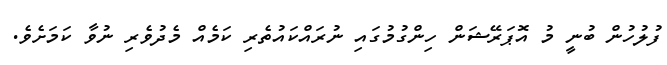
ފުލުހުން ބުނީ މު އޮޕަރޭޝަން ހިންގުމުގައި ނުރައްކައުތެރި ކަމެއް މެދުވެރި ނުވާ ކަމަށެވެ.